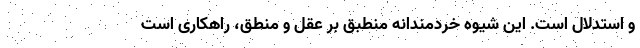
و استدلال است. این شیوه خردمندانه منطبق بر عقل و منطق، راهکاری است